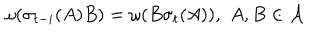
LaTeX: \omega ( \sigma _ { t - i } ( A ) B ) = \omega ( B \sigma _ { t } ( A ) ) , \, \, A , B \in \mathcal { A }